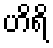
ဟိရိ